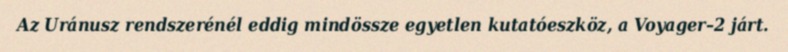
Az Uránusz rendszerénél eddig mindössze egyetlen kutatóeszköz, a Voyager–2 járt.